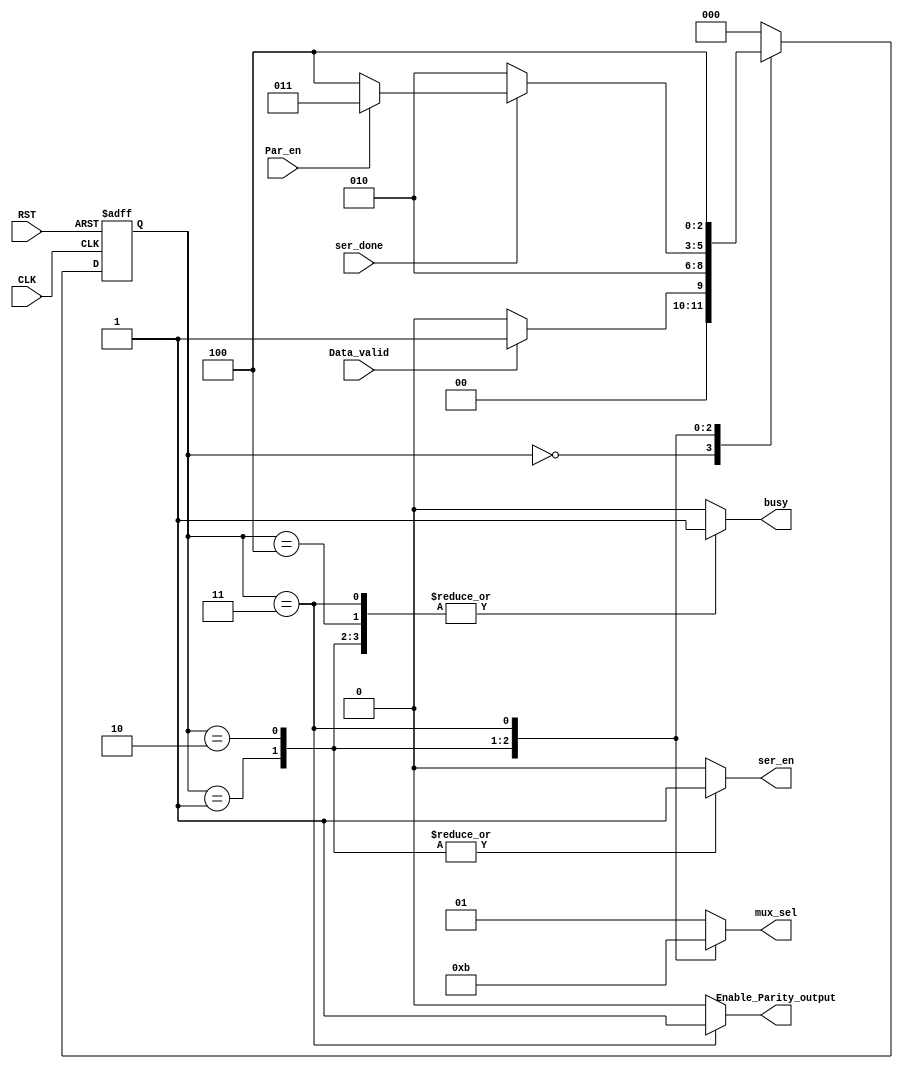
module UART_FSM #(parameter DATA_LENGTH = 8)
(
	input wire 					 CLK,
	input wire 					 RST,
	input wire 					 ser_done,
	input wire 					 Par_en,
	input wire					 Data_valid, 
	output reg [1:0] 			 mux_sel,
	output reg 				     ser_en,
	output reg 					 Enable_Parity_output,
	output reg 					 busy
);  

	reg [2:0] CU_S, NX_S;

	localparam IDLE = 3'b000,
			   START = 3'b001,
			   DATA = 3'b010,
			   PARITY = 3'b011,
			   STOP = 3'b100;

	// Current state ff
	always @(posedge CLK or negedge RST) begin
		if (~RST) begin
			CU_S <= IDLE;			
		end
		else begin
			CU_S <= NX_S;
		end
	end

	// next state logic
	always @(*) begin
		NX_S = IDLE; // default value
		case (CU_S)
			IDLE :
			begin
				if (Data_valid)
					NX_S = START;
				else
					NX_S = IDLE;
			end
			START :
			begin
				NX_S = DATA;
			end
			DATA :
			begin
				if (~ser_done)
					NX_S = DATA;
				else if (~Par_en)
					NX_S = STOP;
				else 
					NX_S = PARITY;
			end
			PARITY :
			begin
				NX_S = STOP;
			end
			STOP :
			begin
				NX_S = IDLE;
			end
			default :
			begin
				NX_S = IDLE;
			end
		endcase
	end

	// output logic
	always @(*) begin
		// default values
		ser_en = 1'b0;
		mux_sel = 2'b01;
		busy = 1'b0;
		Enable_Parity_output = 1'b0;
		case (CU_S)
			IDLE :
			begin
				ser_en = 1'b0;
				mux_sel = 2'b01;
				busy = 1'b0;
				Enable_Parity_output = 1'b0;
			end
			START :
			begin
				ser_en = 1'b1;
				mux_sel = 2'b00;
				busy = 1'b1;
				Enable_Parity_output = 1'b0;
			end
			DATA :
			begin
				ser_en = 1'b1;
				mux_sel = 2'b10;
				busy = 1'b1;
				Enable_Parity_output = 1'b0;
			end
			PARITY :
			begin
				ser_en = 1'b0;
				mux_sel = 2'b11;
				busy = 1'b1;
				Enable_Parity_output = 1'b1;
			end
			STOP :
			begin
				ser_en = 1'b0;
				mux_sel = 2'b01;
				busy = 1'b1;
				Enable_Parity_output = 1'b0;
			end
			default :
			begin
				ser_en = 1'b0;
				mux_sel = 2'b01;
				busy = 1'b0;
				Enable_Parity_output = 1'b0;
			end
		endcase
	end


endmodule